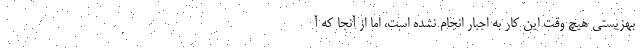
بهزیستی هیچ وقت این کار به اجبار انجام نشده است، اما از آنجا که آ